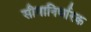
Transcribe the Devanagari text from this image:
सीमानिर्धारक